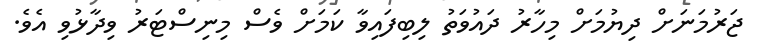
ޖަރުމަނަށް ދިޔުމަށް މިހާރު ދައުވަތު ލިބިފައިވާ ކަމަށް ވެސް މިނިސްޓަރު ވިދާޅުވި އެވެ.